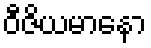
ဝီဇိယမာနော